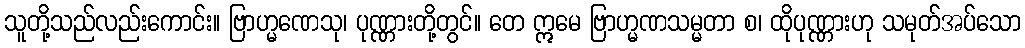
သူတို့သည်လည်းကောင်း။ ဗြာဟ္မဏေသု၊ ပုဏ္ဏားတို့တွင်။ တေ ဣမေ ဗြာဟ္မဏသမ္မတာ စ၊ ထိုပုဏ္ဏားဟု သမုတ်အပ်သော